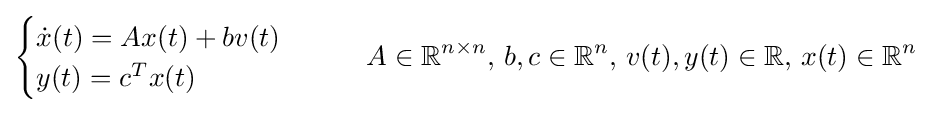
{\begin{cases}{\dot {x}}(t)=Ax(t)+bv(t)\\y(t)=c^{T}x(t)\end{cases}}\qquad A\in \mathbb {R} ^{n\times n},\,b,c\in \mathbb {R} ^{n},\,v(t),y(t)\in \mathbb {R} ,\,x(t)\in \mathbb {R} ^{n}